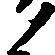
ノ